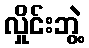
လှိုင်းဘွဲ့